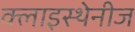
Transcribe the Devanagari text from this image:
क्लाइस्थेनीज